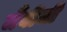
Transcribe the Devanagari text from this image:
जैंबीजी